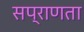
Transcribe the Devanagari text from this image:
सप्राणता